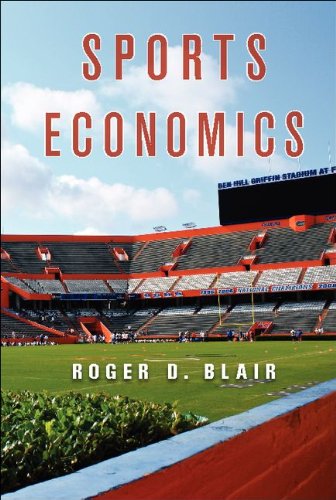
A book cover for Sports Economics; Roger D. Blair; Business & Money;